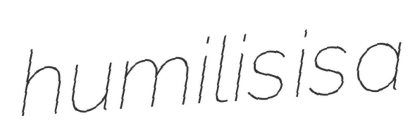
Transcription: humilis is a